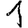
Digit: 1